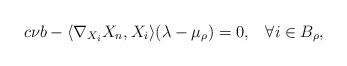
LaTeX: \begin{align*}c\nu b-\langle\nabla_{X_{i}}X_{n}, X_{i}\rangle (\lambda-\mu_{\rho})=0,\;\;\;\forall i\in B_{\rho},\end{align*}